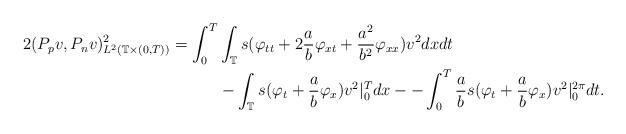
LaTeX: \begin{align*} 2(P_pv,P_nv)_{L^2(\mathbb{T}\times(0,T))}^{2}=\int_{0}^{T}&\int_{\mathbb{T}}s(\varphi_{tt}+2\frac{a}{b}\varphi_{xt}+\frac{a^2}{b^2}\varphi_{xx})v^2dxdt\\ &-\int_{\mathbb{T}}s(\varphi_t+\frac{a}{b}\varphi_x)v^2|_{0}^{T}dx--\int_{0}^{T}\frac{a}{b}s(\varphi_t+\frac{a}{b}\varphi_x)v^2|_{0}^{2\pi}dt.\end{align*}